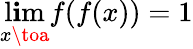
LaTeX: \operatorname*{l\mathbf{i}m}_{x\toa}f(f(x))=1